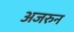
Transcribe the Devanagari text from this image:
अजरुन